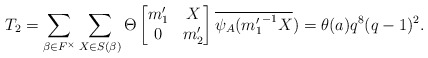
\begin{align*} T_2= \sum_{\beta \in F^{\times}}\sum_{X \in S(\beta)}\Theta \begin{bmatrix} m_1' & X\\ 0 & m_2' \end{bmatrix}\overline{\psi_A({m_1'}^{-1}X})=\theta(a)q^8(q-1)^2.\end{align*}